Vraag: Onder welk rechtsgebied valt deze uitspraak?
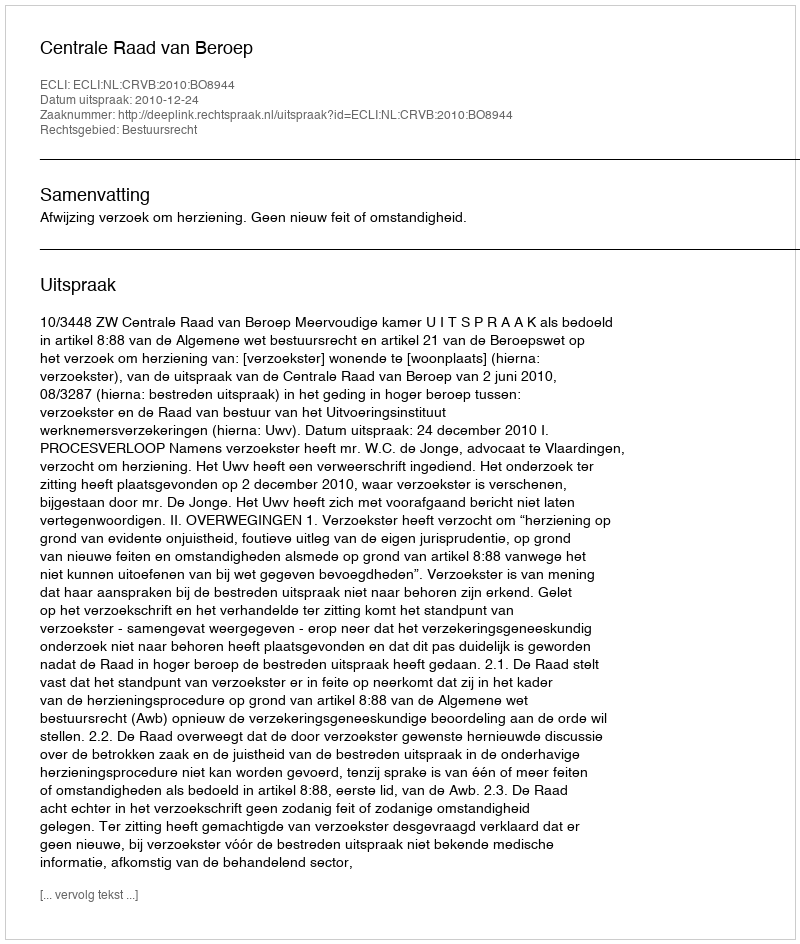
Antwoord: Bestuursrecht